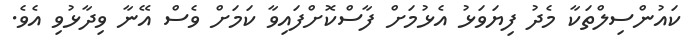
ކައުންސިލްތަކާ މެދު ފިޔަވަޅު އެޅުމަށް ފާސްކޮށްފައިވާ ކަމަށް ވެސް އޭނާ ވިދާޅުވި އެވެ.